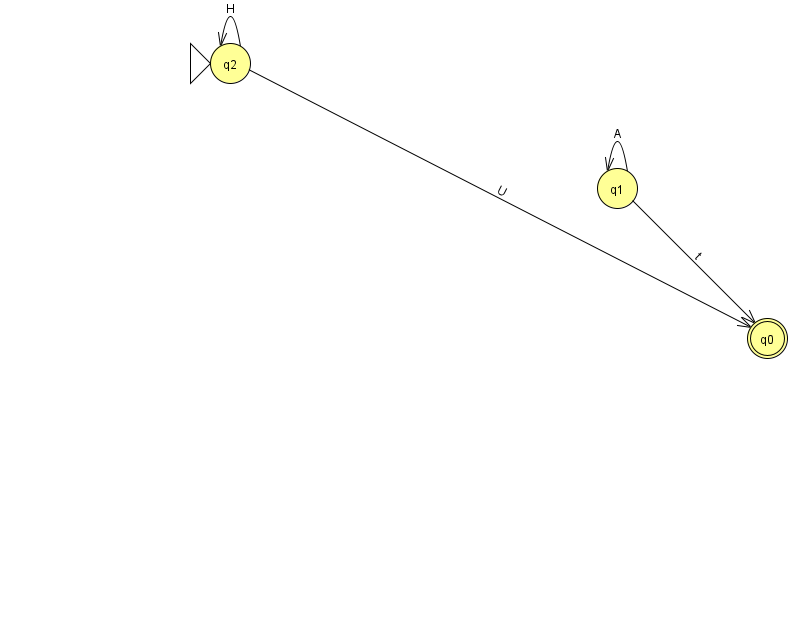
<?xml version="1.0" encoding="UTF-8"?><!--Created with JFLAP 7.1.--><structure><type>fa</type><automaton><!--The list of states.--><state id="0" name="q0"><x>767.0</x><y>325.0</y><final/></state><state id="1" name="q1"><x>617.0</x><y>175.0</y></state><state id="2" name="q2"><x>230.0</x><y>50.0</y><initial/></state><!--The list of transitions.--><transition><from>1</from><to>1</to><read>A</read></transition><transition><from>1</from><to>0</to><read>t</read></transition><transition><from>2</from><to>2</to><read>H</read></transition><transition><from>2</from><to>0</to><read>U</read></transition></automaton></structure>